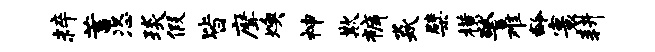
粹蓄恣琰假皆摩燠神欺裤焱檗横警难龄寰耕